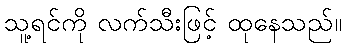
သူ့ရင်ကို လက်သီးဖြင့် ထုနေသည်။